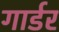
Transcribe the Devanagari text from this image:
गार्डर